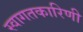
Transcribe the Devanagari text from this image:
स्वागतकारिणी